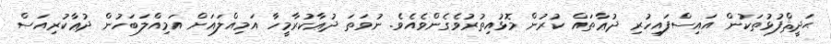
ޙަދީޘްފުޅުތަކުން އައިސްފައިހުރި ދުޢާތައް ކުރުން މޮޅުއިތުރުވެގެންވެއެވެ. ނުވަތަ ދުޢާކުރާމީހާ އަމިއްލައަށް އަމިއްލަބަހުން ދުޢާކުރިއަސް